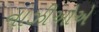
નાઝીઓએ